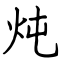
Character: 炖